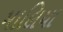
માલિયા